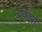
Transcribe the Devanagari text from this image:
उर्किझो